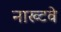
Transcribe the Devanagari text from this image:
नाख्टवे